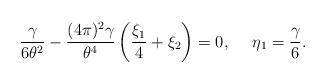
LaTeX: \begin{align*}\frac{\gamma}{6\theta^2}- \frac{(4\pi)^2\gamma}{\theta^4} \left(\frac{\xi_1}{4}+ \xi_2 \right) =0, \ \ \ \ \eta_1=\frac{\gamma}{6}.\end{align*}